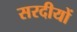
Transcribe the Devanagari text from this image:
सरदीयों